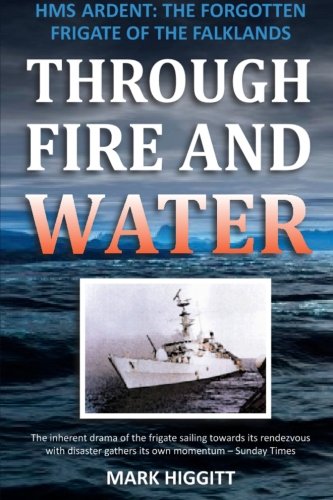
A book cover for Through Fire and Water; Mark Higgitt; Biographies & Memoirs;